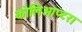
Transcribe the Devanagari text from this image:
कोलिओप्टरा